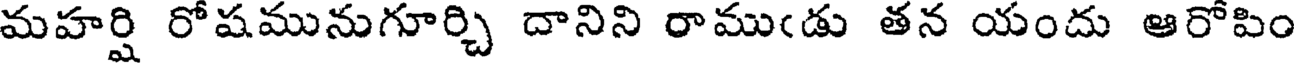
మహర్షి రోషమునుగూర్చి దానిని రాముఁడు తన యందు ఆరోపిం